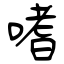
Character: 嗜